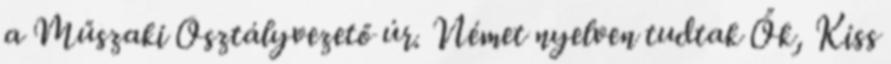
a Műszaki Osztályvezető úr. Német nyelven tudtak Ők, Kiss